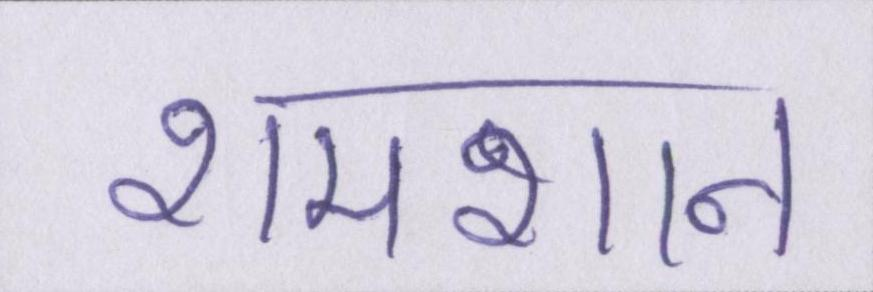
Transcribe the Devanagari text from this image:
शमशान